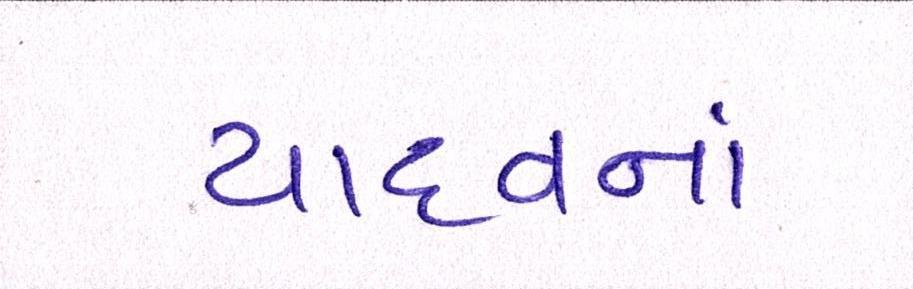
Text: યાદવનાં